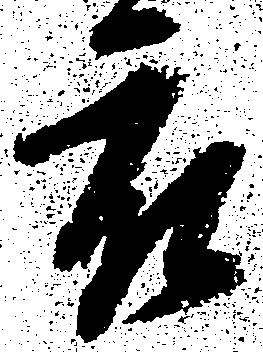
被